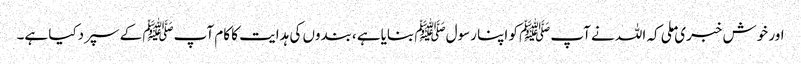
اور خوش خبری ملی کہ اللہ نے آپﷺ کو اپنا رسولﷺ بنایاہے ،بندوں کی ہدایت کا کام آپﷺ کے سپردکیا ہے۔